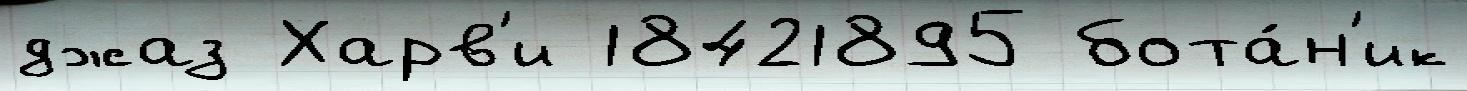
джаз Харв'и 18421895 бота́н'ик